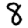
Digit: 8